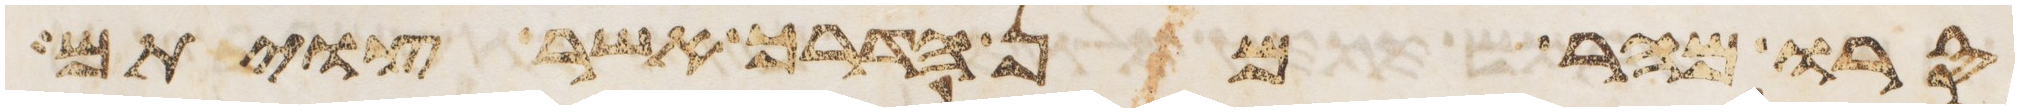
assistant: סרו מהר מן הדרך אשר צויתם